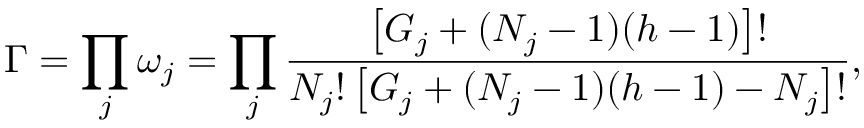
\Gamma = \prod _ { j } \omega _ { j } = \prod _ { j } \frac { \left[ G _ { j } + ( N _ { j } - 1 ) ( h - 1 ) \right] ! } { N _ { j } ! \left[ G _ { j } + ( N _ { j } - 1 ) ( h - 1 ) - N _ { j } \right] ! } ,